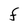
Character: F